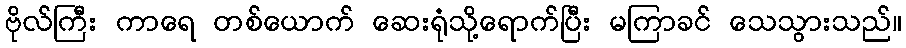
ဗိုလ်ကြီး ကာရေ တစ်ယောက် ဆေးရုံသို့ရောက်ပြီး မကြာခင် သေသွားသည်။